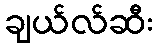
ချယ်လ်ဆီး